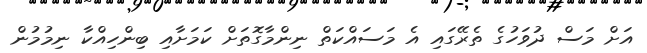
އަށް މަސް ދުވަހުގެ ތެރޭގައި އެ މަސައްކަތް ނިންމާގޮތަށް ކަމަށާއި ބިންހިއްކާ ނިމުމުން